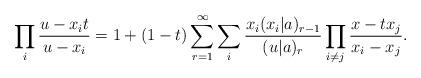
LaTeX: \begin{align*}\prod_{i}\frac{u-{x_it}}{u-{x_i}}=1+(1-t)\sum_{r=1}^\infty\sum_{i}\frac{x_i(x_i|a)_{r-1}}{(u|a)_{r}}\prod_{i\ne j}\frac{x-tx_j}{x_i-x_j}.\end{align*}